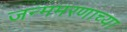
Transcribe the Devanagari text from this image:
जन्ममरणाच्या